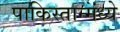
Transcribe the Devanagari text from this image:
पाकिस्तान्मंध्ये